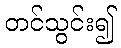
တင်သွင်း၍